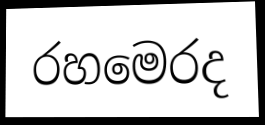
රහමෙරද